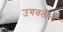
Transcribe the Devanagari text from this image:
उगवतील